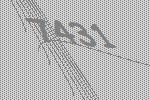
7431